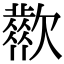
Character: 𣤬